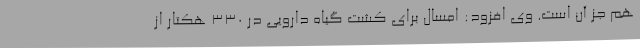
هم جز آن است. وی افزود: امسال برای کشت گیاه دارویی در 330 هکتار از